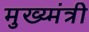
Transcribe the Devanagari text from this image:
मुख्य्मंत्री